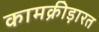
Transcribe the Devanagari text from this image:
कामक्रीड़ारत